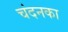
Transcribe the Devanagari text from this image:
चंदनका